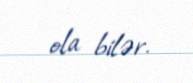
ola bilər.